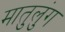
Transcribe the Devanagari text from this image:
मातुलुंग